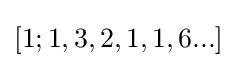
[1;1,3,2,1,1,6...]